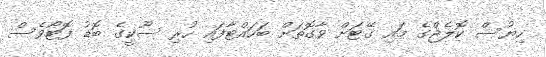
ހިޔުސް ކޮލެޖްގެ މައި ގޭޓަށް ވާގޮތަށް ބަހައްޓާފައި ހުރި ސޫކީގެ ބޮޑު ފޮޓޯވެސް